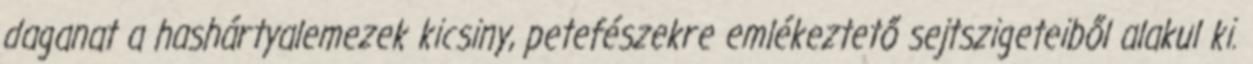
daganat a hashártyalemezek kicsiny, petefészekre emlékeztető sejtszigeteiből alakul ki.